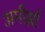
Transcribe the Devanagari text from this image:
अमीर्झा